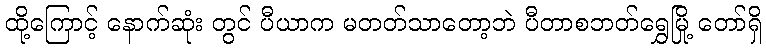
ထို့ကြောင့် နောက်ဆုံး တွင် ပီယာက မတတ်သာတော့ဘဲ ပီတာစဘတ်ရွှေမြို့ တော်ရှိ